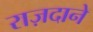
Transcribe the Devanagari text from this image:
राज़दाने